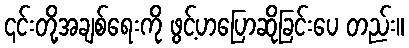
၎င်းတို့အချစ်ရေးကို ဖွင့်ဟပြောဆိုခြင်းပေ တည်း။